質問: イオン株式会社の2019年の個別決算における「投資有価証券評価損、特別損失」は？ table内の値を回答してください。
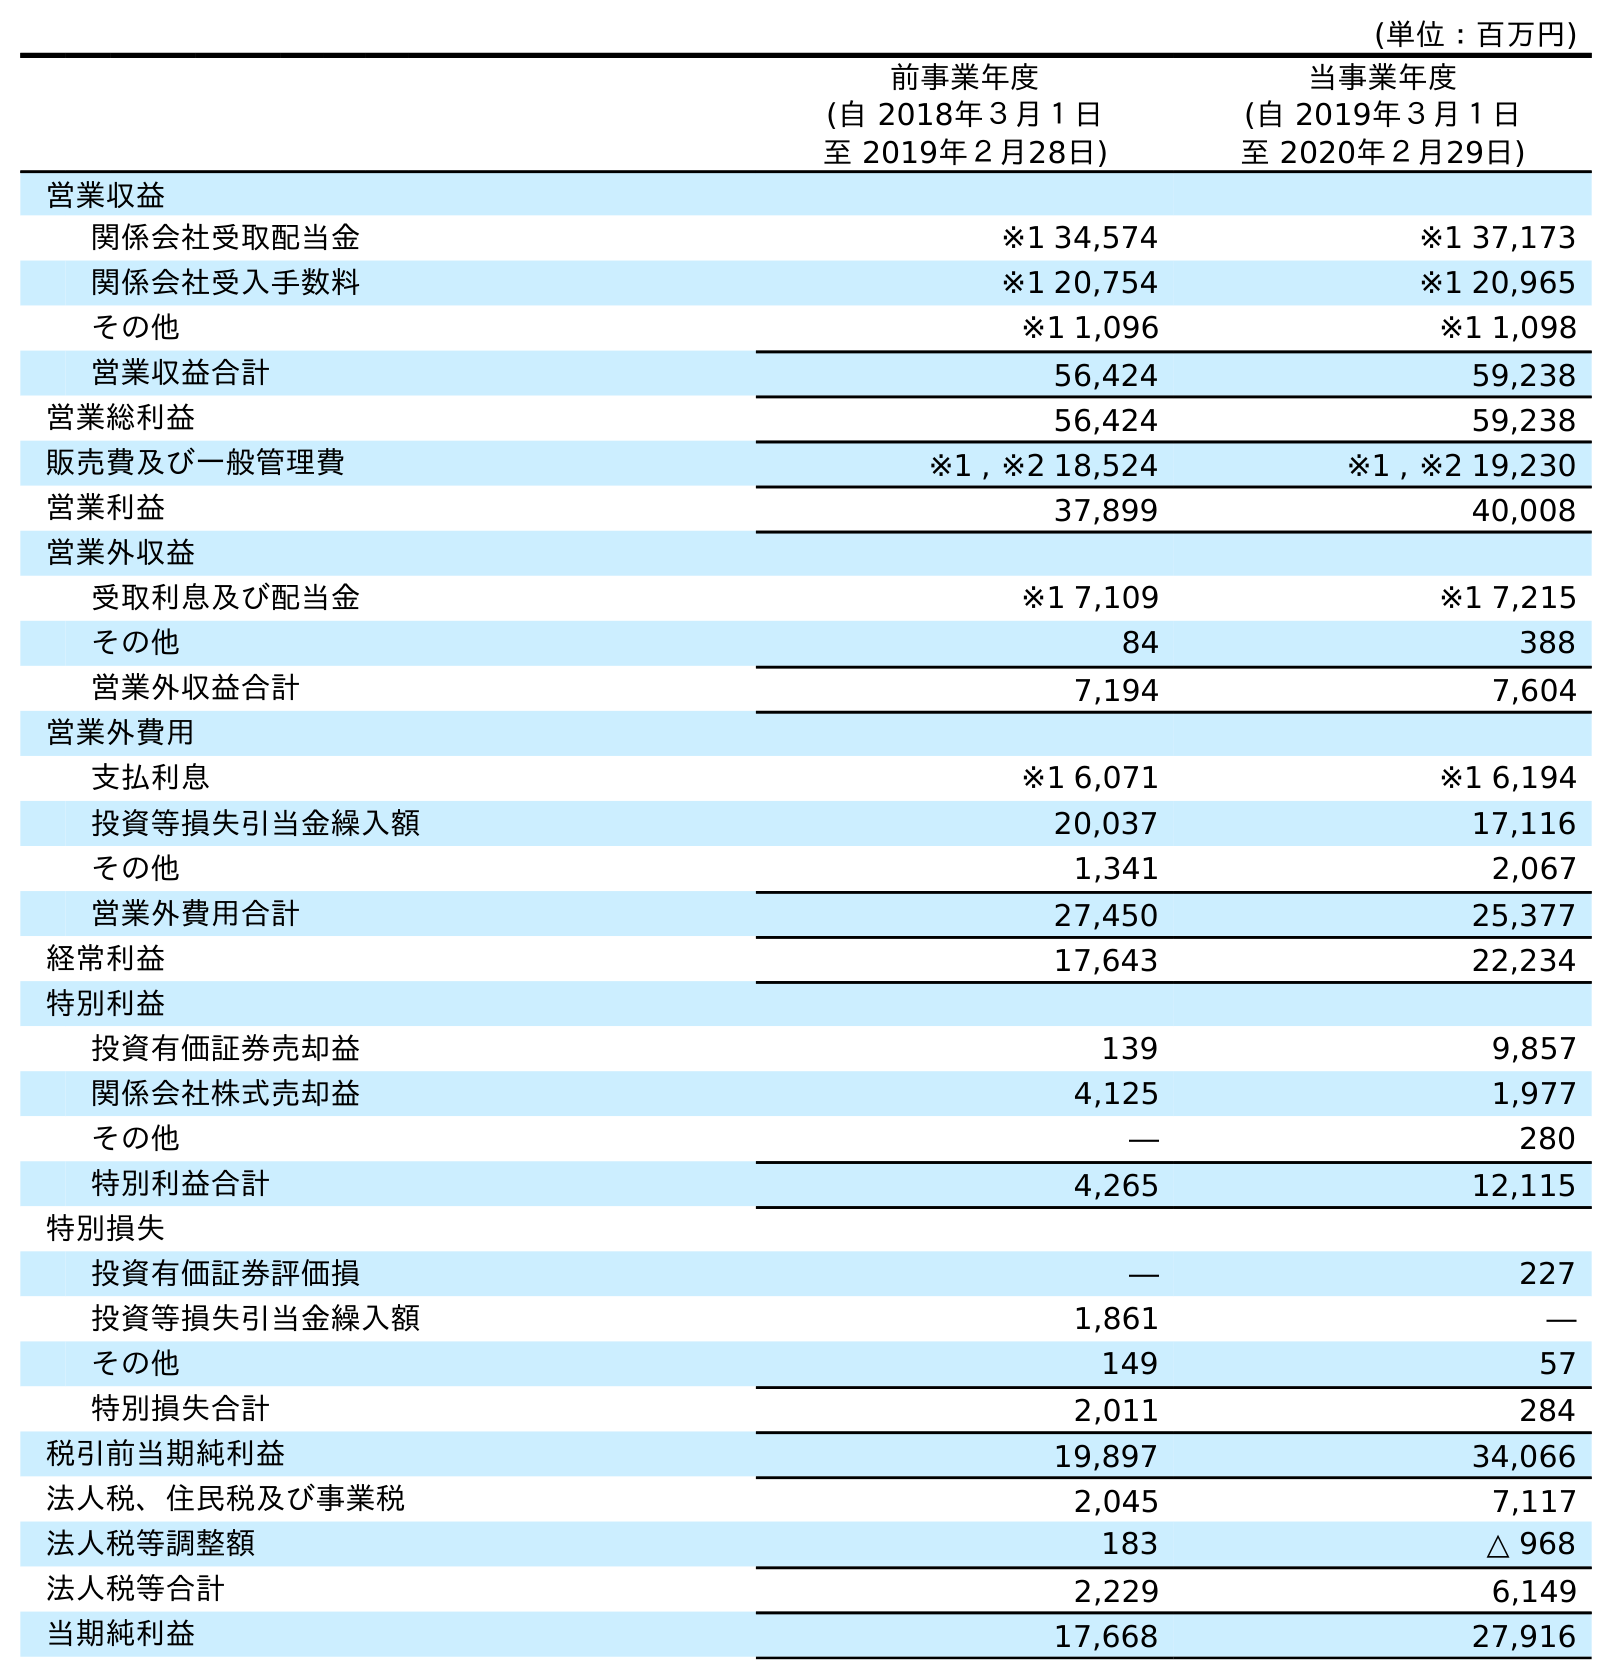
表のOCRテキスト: (単位：百万円) 前事業年度 (自 2018年３月１日 至 2019年２月28日) 当事業年度 (自 2019年３月１日 至 2020年２月29日) 営業収益 関係会社受取配当金 ※1 34,574 ※1 37,173 関係会社受入手数料 ※1 20,754 ※1 20,965 その他 ※1 1,096 ※1 1,098 営業収益合計 56,424 59,238 営業総利益 56,424 59,238 販売費及び一般管理費 ※1 , ※2 18,524 ※1 , ※2 19,230 営業利益 37,899 40,008 営業外収益 受取利息及び配当金 ※1 7,109 ※1 7,215 その他 84 388 営業外収益合計 7,194 7,604 営業外費用 支払利息 ※1 6,071 ※1 6,194 投資等損失引当金繰入額 20,037 17,116 その他 1,341 2,067 営業外費用合計 27,450 25,377 経常利益 17,643 22,234 特別利益 投資有価証券売却益 139 9,857 関係会社株式売却益 4,125 1,977 その他 ― 280 特別利益合計 4,265 12,115 特別損失 投資有価証券評価損 ― 227 投資等損失引当金繰入額 1,861 ― その他 149 57 特別損失合計 2,011 284 税引前当期純利益 19,897 34,066 法人税、住民税及び事業税 2,045 7,117 法人税等調整額 183 △ 968 法人税等合計 2,229 6,149 当期純利益 17,668 27,916
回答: ―